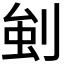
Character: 𭃳